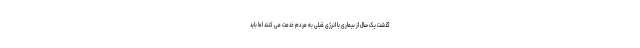
گذشت یک سال از بیماری با انرژی قبلی به مردم خدمت می کنند اما باید